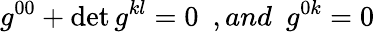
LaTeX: g^{00}+\operatorname*{det}g^{kl}=0\ \ ,and\ \ g^{0k}=0